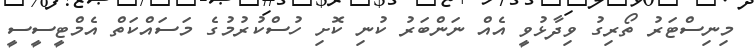
މިނިސްޓަރު ތޯރިގު ވިދާޅުވީ އެއް ނަންބަރު ކުނި ކޮށި ހުސްކުރުމުގެ މަަސައްކަތް އެމްޓީސީސީ